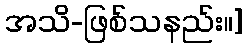
အသိ-ဖြစ်သနည်း။]